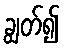
ချွတ်၍